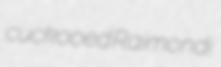
cuckooed Raimondi